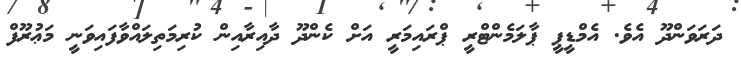
ދަރަވަންދޫ އެވެ. އެމްޑީޕީ ޕާލަމެންޓްރީ ޕްރައިމަރީ އަށް ކެންދޫ ދާއިރާއިން ކުރިމަތިލައްވާފައިވަނީ މަޢުރޫފް